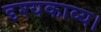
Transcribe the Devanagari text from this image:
दृश्यकाव्य।